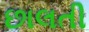
છાલતી